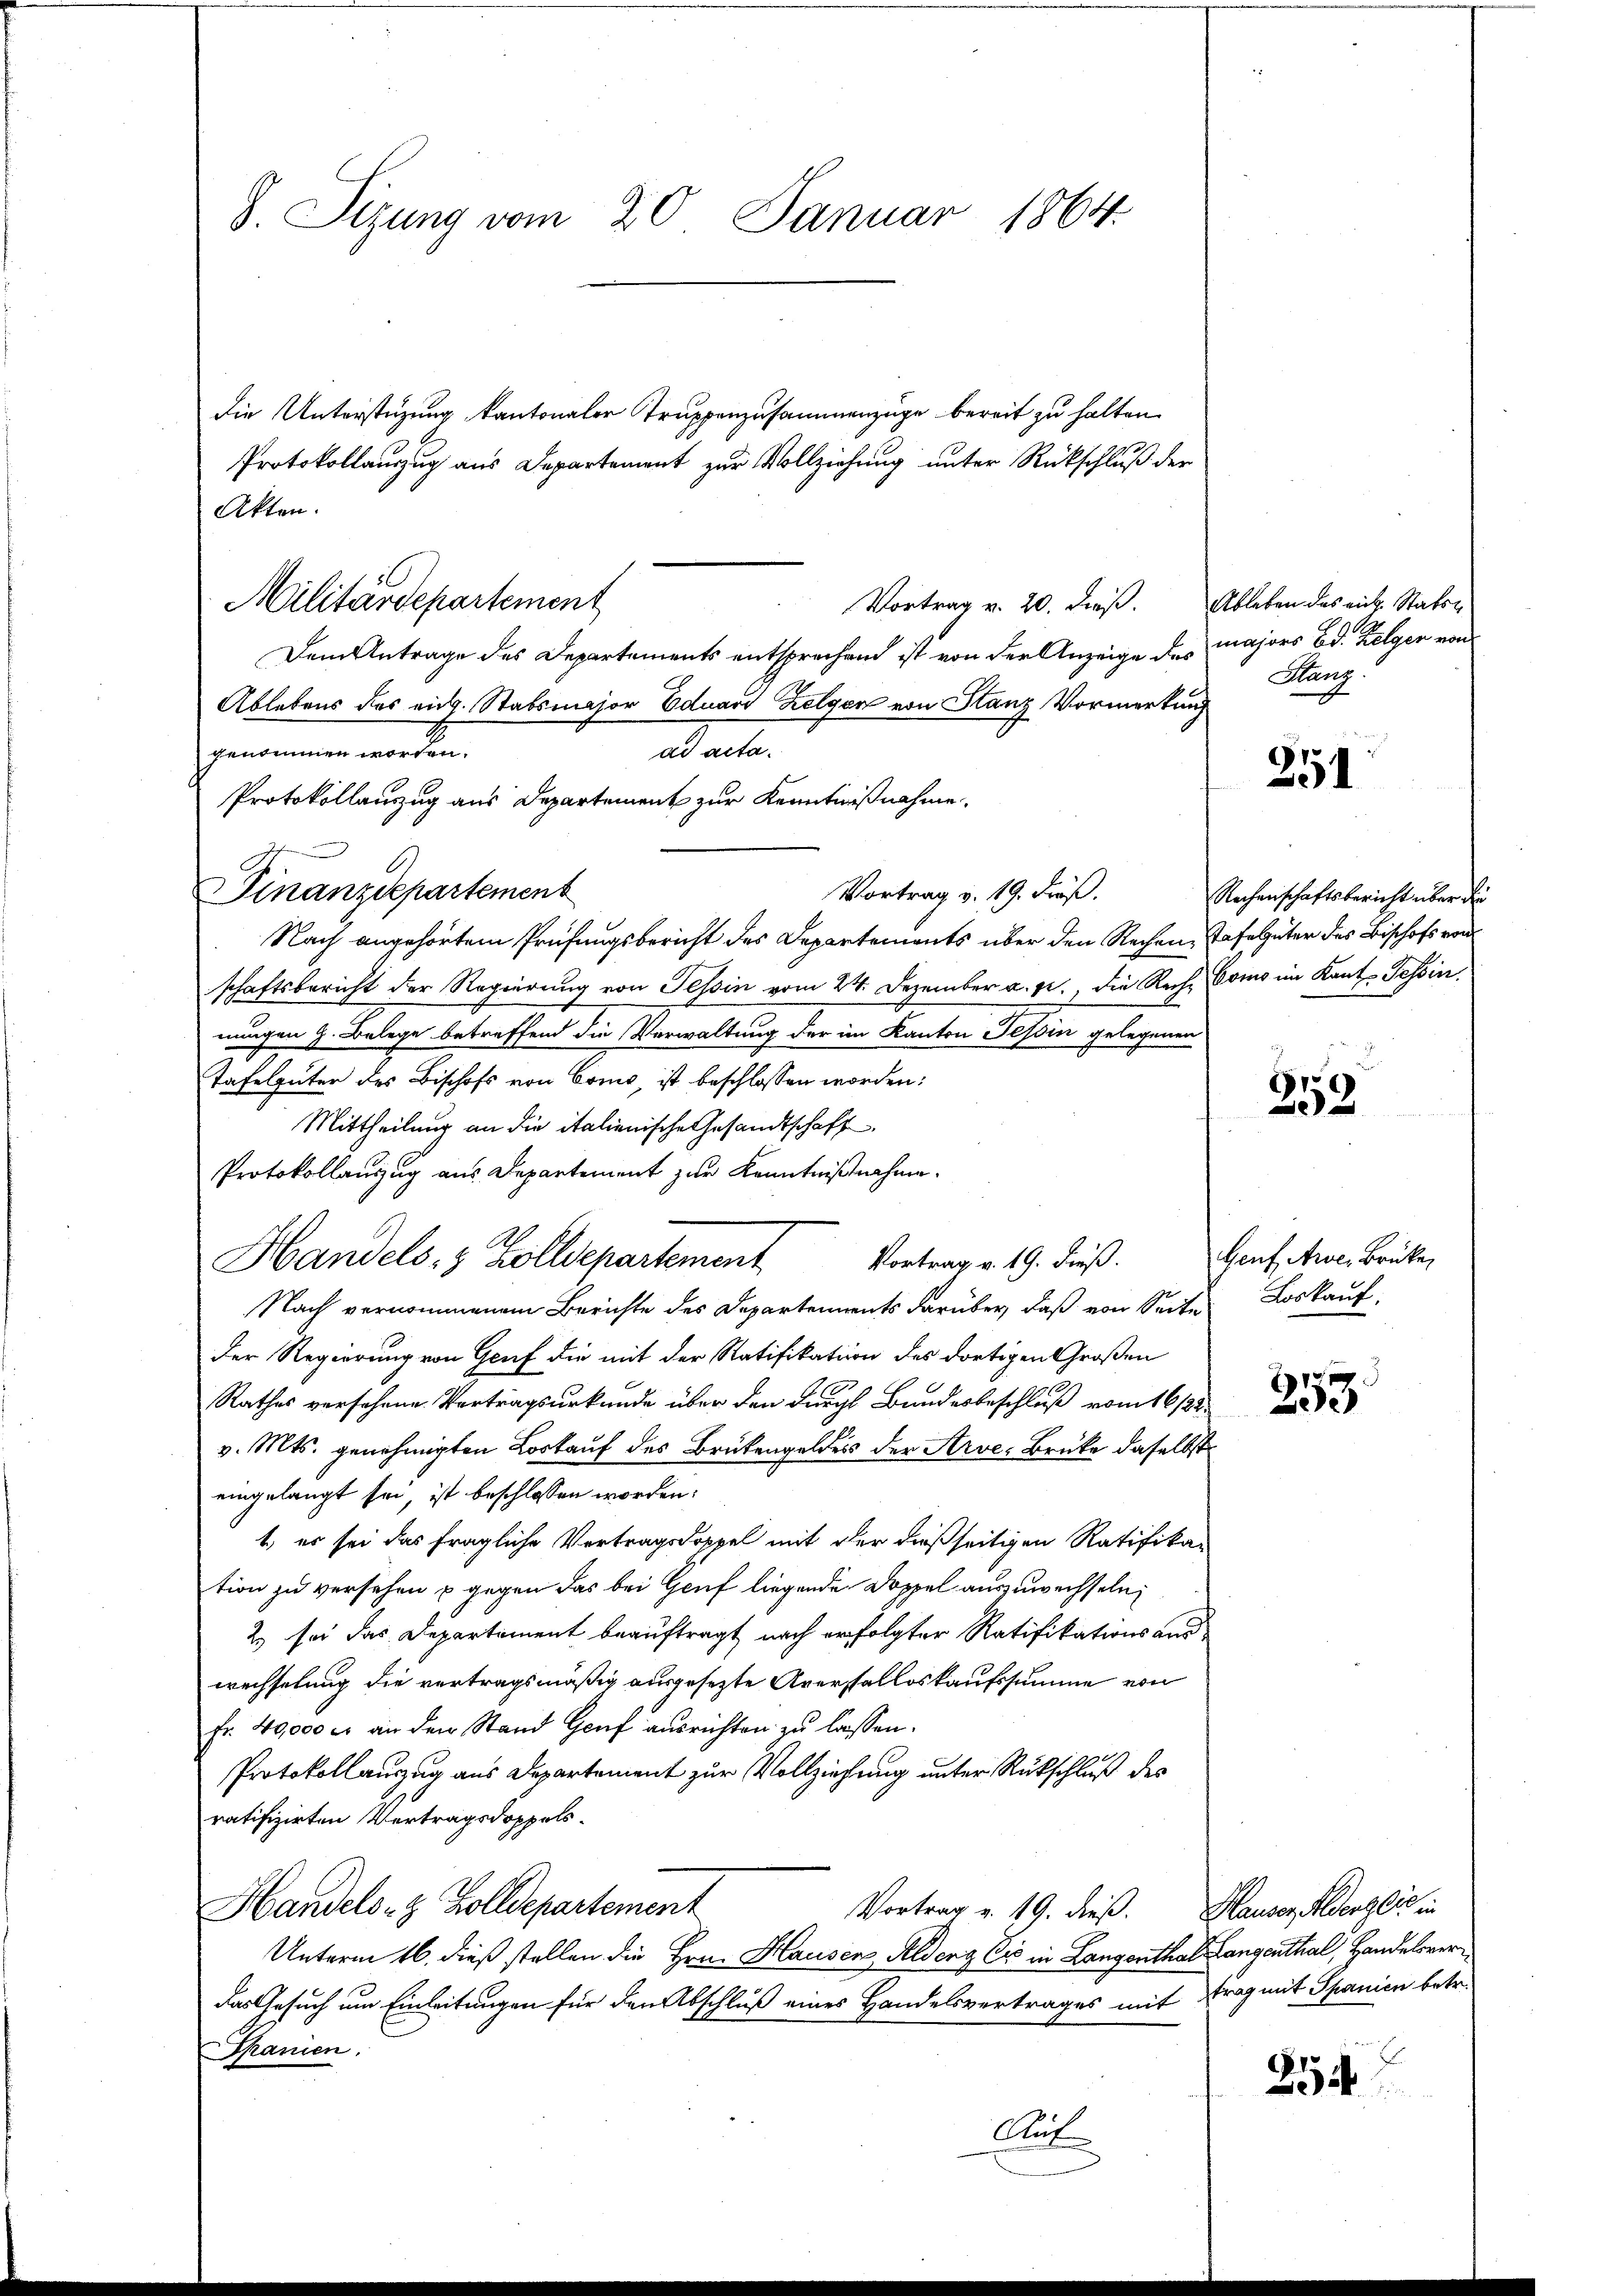
S. Sizung vom 20. Januar 1864.

die Unterstüzung kantonaler Truppenzusammenzüge bereit zu halten.
Protokollauszug aus Departement zur Vollziehung unter Rückschluß der
Akten.
Vortrag v. 20. dieß. Ableben des eich. Stator
Dem Antrage des Departements entsprechend ist von der Anzeige des majors Bd. Kelger von
Ablebens des eidg. Stabsmajor Eduard Zelgen von Stanz Vormerkung
genommen worden.
ate.
Protokollanzug aus Departement zur Kenntnißnahme,
Vortrag v. 19. Fräß.
Nach angehörtem Prüfungsbericht des Departements über den Rechen Tafelgüter des Bischofs von
schaftsbericht der Regierung von Tessin vom 24. Dezember a. p., die Reche Como im Kant. Tessin
nungen h. Belege betreffend die Verwaltung der im Kanton Tessin gelegenen
Tafelgüter des Bischofs von Como, ist beschlossen worden:
Mittheilung an die italienische Gesandtschaft
Protokollauszug aus Departement zur Kenntnißnahme.
Vortrag v. 19. dieß.
Nach vernommenem Berichte des Departements darüber, daß von Seite Loskauf
Der Regierung von Genf die mit der Ratifikation des dortigen Großen
Rathes versehene Vertragsurkunde über den durch Bundesbeschluß vom 16/22.
v. Mts. genehmigten Loskauf des Brükengeldes der Arve-Brüke daselbst
eingelangt sei, ist beschlossen worden:
1., er sei das fragliche Vertragsdoppel mit der dießseitigen Ratifika-
tion zu versehen u gegen das bei Genf liegende Doppel auszuwechseln,
2) sei das Departement beauftragt, nach erfolgter Ratifikations auswechselung die vertragsmäßig ausgesezte Averstalloskaufssumme von
Fr. 40000 er an den Stand Genf ausrichten zu lassen.
Protokollauszug aus Departement zur Vollziehung unter Rückschluß des
ratifizirten Vertragsdoppels-
Handels- & Zolldepartement
Vortrag v. 19. dieß. Hauser Herzlich in
Unterm 16. dieß stellen die Hrn. Hausen, Feldeng Cie in Langenthal Langenthal, Handelsver¬
Das Gesuch um Einleitungen für den Abschluß eines Handelsvertrages mit Frag mit Spanien betr.
Thanien.
Auf

Militärdepartement

Finanzdepartement

Handels- & Zolldepartement

Hanz

251

Rechenschaftsbericht über die

187
2

Genf Arve, Brüker

712
See

254